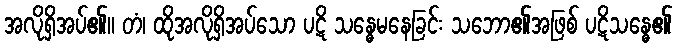
အလိုရှိအပ်၏။ တံ၊ ထိုအလိုရှိအပ်သော ပဋိ သန္ဓေမနေခြင်း သဘော၏အဖြစ် ပဋိသန္ဓေ၏